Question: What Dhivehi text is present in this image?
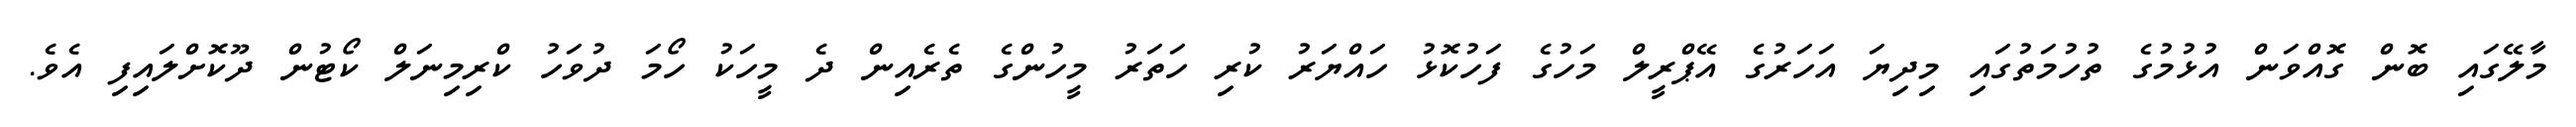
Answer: މާލޭގައި ބޮން ގޮއްވަން އުޅުމުގެ ތުހުމަތުގައި މިދިޔަ އަހަރުގެ އޭޕްރީލް މަހުގެ ފަހުކޮޅު ހައްޔަރު ކުރި ހަތަރު މީހުންގެ ތެރެއިން ދެ މީހަކު ހޯމަ ދުވަހު ކްރިމިނަލް ކޯޓުން ދޫކޮށްލައިފި އެވެ.